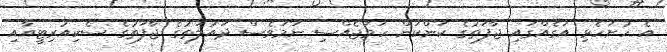
އެ ހުށަހެޅި އަގެއްގައި ޖާފަތުގެ ކަންކަން ހަމަޖެއްސި ނަމަވެސް ދައުލަތުގެ ޖާފަތުގެ ސެކިއުރިޓީއާއި